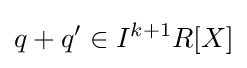
q+q'\in I^{k+1}R[X]